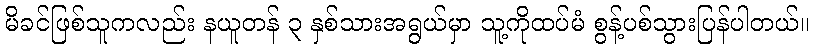
မိခင်ဖြစ်သူကလည်း နယူတန် ၃ နှစ်သားအရွယ်မှာ သူ့ကိုထပ်မံ စွန့်ပစ်သွားပြန်ပါတယ်။